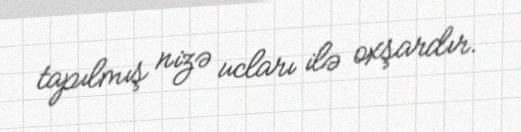
tapılmış nizə ucları ilə oxşardır.